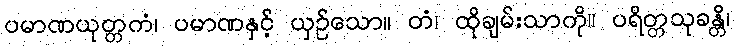
ပမာဏယုတ္တကံ၊ ပမာဏနှင့် ယှဉ်သော။ တံ၊ ထိုချမ်းသာကို။ ပရိတ္တသုခန္တိ၊